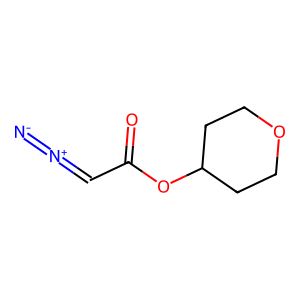
SMILES: [N-]=[N+]=CC(=O)OC1CCOCC1
Inhibits HIV replication: No